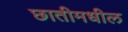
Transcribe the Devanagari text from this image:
छातीमधील